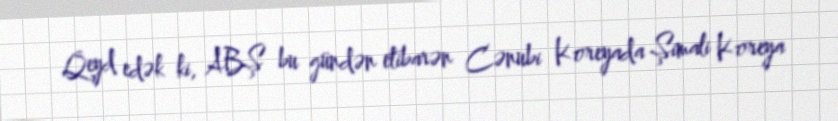
Qeyd edək ki, ABŞ bu gündən etibarən Cənubi Koreyada Şimali Koreya